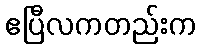
ဧပြီလကတည်းက